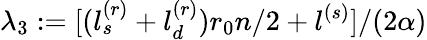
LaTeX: \lambda_{3}:=[(l_{s}^{(r)}+l_{d}^{(r)})r_{0}n/2+l^{(s)}]/(2\alpha)